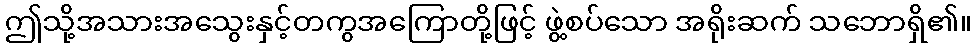
ဤသို့အသားအသွေးနှင့်တကွအကြောတို့ဖြင့် ဖွဲ့စပ်သော အရိုးဆက် သဘောရှိ၏။